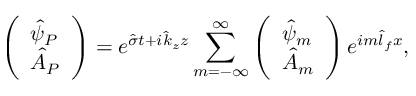
\left( \begin{array} { l } { \hat { \psi } _ { P } } \\ { \hat { A } _ { P } } \end{array} \right) = e ^ { \hat { \sigma } t + i \hat { k } _ { z } z } \sum _ { m = - \infty } ^ { \infty } \left( \begin{array} { l } { \hat { \psi } _ { m } } \\ { \hat { A } _ { m } } \end{array} \right) e ^ { i m \hat { l } _ { f } x } ,